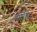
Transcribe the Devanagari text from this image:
हातीही